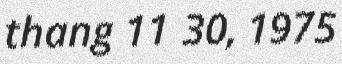
thang 11 30, 1975